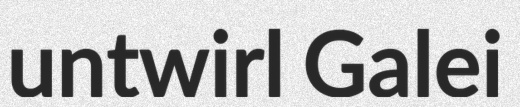
untwirl Galei